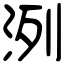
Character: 洌